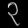
Digit: ၃